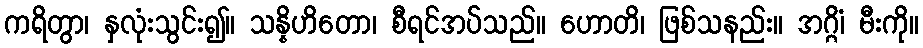
ကရိတွာ၊ နှလုံးသွင်း၍။ သန္နိဟိတော၊ စီရင်အပ်သည်။ ဟောတိ၊ ဖြစ်သနည်း။ အဂ္ဂိံ၊ မီးကို။